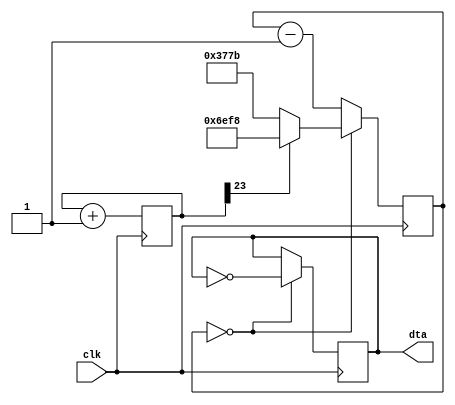
`timescale 1ns / 1ps
//////////////////////////////////////////////////////////////////////////////////
// Company: 
// Engineer: 
// 
// Design Name: 
// Module Name:    Contador_17bits 
// Project Name: 
// Target Devices: 
// Tool versions: 
// Description: 
//
// Dependencies: 
//
// Revision: 
// Revision 0.01 - File Created
// Additional Comments: 
//
//////////////////////////////////////////////////////////////////////////////////
module Contador_17bits(clk, dta);
input clk;
output dta;
parameter clkdivider = 25000000/440/2;
reg [23:0] tone;
always @(posedge clk) tone <= tone+24'b1;
reg [14:0] counter;
always @(posedge clk)
if (counter==0) counter <= (tone[23] ? clkdivider-15'b1 : clkdivider/2-15'b1);
else counter <= counter-15'b1;
reg dta;
always @(posedge clk)
if (counter==0) dta <= ~dta;
endmodule